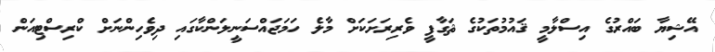
އޭޝިޔާ ބައްރުގެ އިސްލާމީ ޤައުމުތަކުގެ ޘަގާފީ ވެރިރަށަކަށް މާލެ ހަމަޖައްސަނީލަންކާގައި ދިވެހިންނަށް ކްރިސްޓިއަން